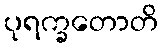
ပုရက္ခတောတိ